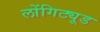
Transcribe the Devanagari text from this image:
लोंगिट्यूड